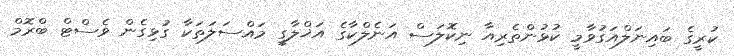
ކުރީގެ ބައިނަލްއަގުވާމީ ކުޅުންތެރިއާ ނިކޮލަސް އަނެލްކާގެ އަޚްލާގީ މައްސަލަތަކާ ގުޅިގެން ވެސްޓް ބްރޮމް